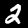
Label: 2